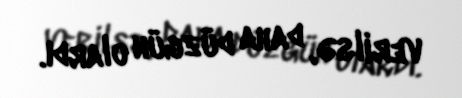
verilsə, daha düzgün olardı.